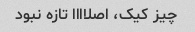
چیز کیک، اصلاااا تازه نبود